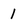
Character: 1